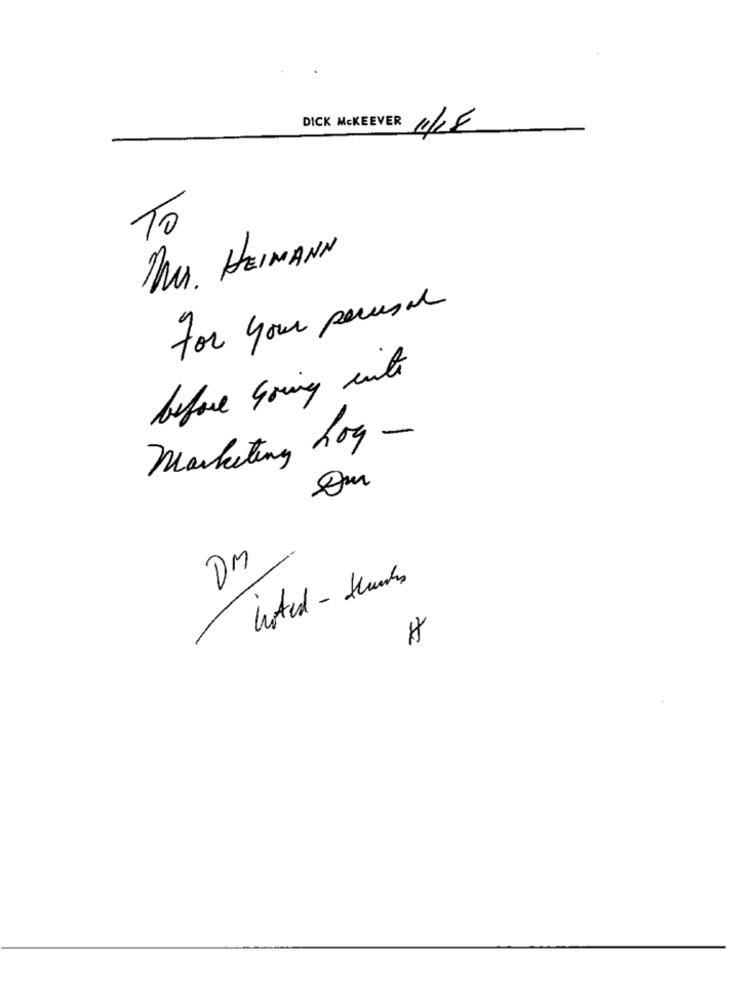
DICK MCKEEVER ULE
To
MU, HEIMANN
For your perusal
before Going inte
Marketing Log -
DM
20